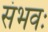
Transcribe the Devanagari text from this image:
संभवः